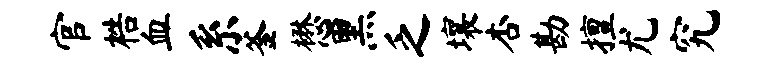
官梏血系釜懋黑乏壤杏勘擅尤究